Lock hospitals Punjab
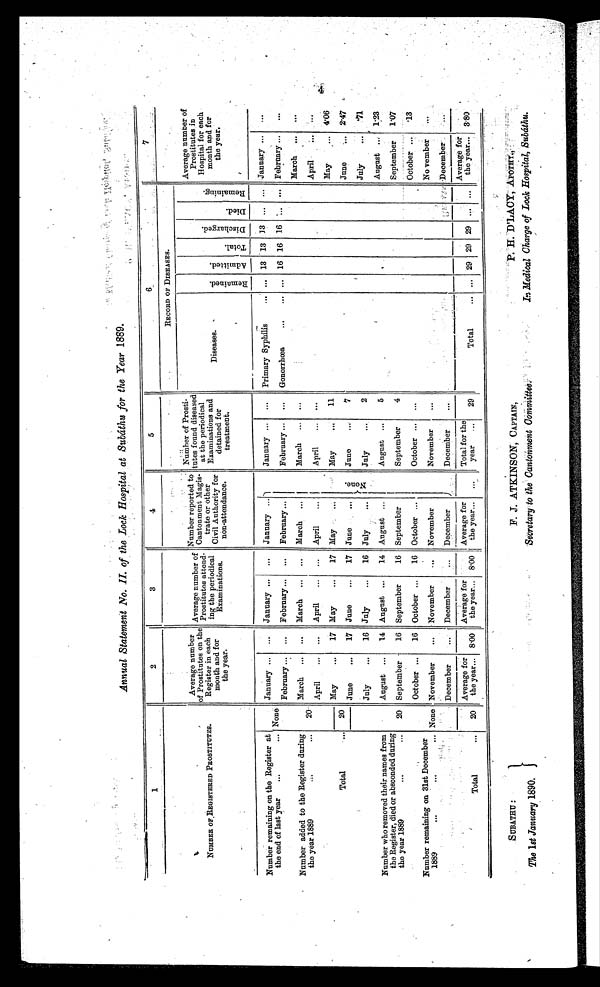
Annual Statement No. II. of the Lock Hospital at Subáthu for the Year 1889.
1 2
3
4
5
6
7
NUMBER OF REGISTERED PROSTITUTES.
Average number
of Prostitutes on the
Register in each
month and for
the year.
Average number of
Prostitutes attend-
ing the periodical
Examinations.
Number reported to
Cantonment Magis-
trate or other
Civil Authority for
non-attendance.
Number of Prosti-
tutes found diseased
at the periodical
Examinations and
detained for
treatment.
RECORD OF DISEASES.
Average number of
Prostitutes in
Hospital for each
month and for
the year.
Diseases.
R e m a i n e d .
A d m i t t e d .
T o t a l .
D i s c h a r g e d .
D i e d .
R e m a i n i n g .
Number remaining on the Register at
the end of last year
...
... None
January
...
January ...
...
January ...
None.
January ...
. . . Primary Syphilis
...
. . . 13 13 13 ...
. . . January
. . .
February ...
...
February ...
...
February ...
February ...
...
Gonorrhœa
...
... ... 16 16 16 ... ... February
...
Number added to the Register during
the year 1889
...
...
20
March ...
. . . March ...
...
March ...
March
...
. . .
March
. . . ...
April
...
...
April
...
. . . April
...
April
...
...
April
. . . ...
Total
...
20
May
...
17 May
...
17 May
May
...
11
May
...
4.06
June
...
17 June
...
17 June
June
7
June
...
2.47
Number who removed their names from
the Register, died or absconded during
the year 1889
... . . .
20
July
...
16 July
...
16 July
...
July
2
July
. 7 1
August
...
14
August
. . .
14 August ...
August ...
5
August ...
1.23
September
16 September
16 September
September
4
September
1.07
Number remaining on 31st December
1889
...
...
. . . None
October ...
16 October
. . .
16 October ...
October ...
...
October ... .13
November
...
November
...
November
November
...
No vember
. . .
December
...
December
. . .
December
December
. . .
December
. . .
Total
...
20
A v e r a g e f o r
the year...
8.00
Average for
the year...
8.00
Average for
the year...
...
Total for the
year
...
29
T o t a l . . .
. . . 29 29
2 9
. . .
. . .
Average for
the year...
3.80
SUBATHU :
The 1 st January 1890.
F. J. ATKINSON, CAPTAIN ,
Secretary to the Cantonment Committee.
P. H. D'LACY, APOTHY.,
In Medical Charge of Lock Hospital, Subáthu.